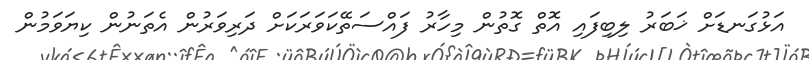
އަޅުގަނޑަށް ޚަބަރު ލިބިފައި އޮތް ގޮތުން މިހާރު ފައްސަތޭކަވަރަކަށް ދަރިވަރުން އެތަނުން ކިޔަވަމުން